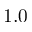
1 . 0